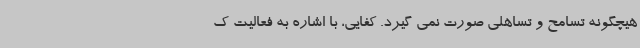
هیچگونه تسامح و تساهلی صورت نمی گیرد. کفایی، با اشاره به فعالیت ک